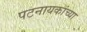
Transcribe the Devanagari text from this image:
पटनायकांच्या